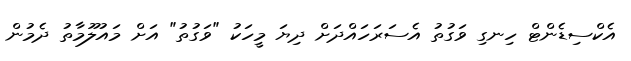
އެކްސިޑެންޓް ހިނގި ވަގުތު އެސަރަހައްދަށް ދިޔަ މީހަކު "ވަގުތު" އަށް މައުލޫމާތު ދެމުން